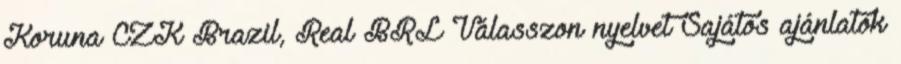
Koruna CZK Brazil, Real BRL Válasszon nyelvet Sajátos ajánlatok